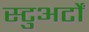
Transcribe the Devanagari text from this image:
स्टुअर्टों